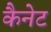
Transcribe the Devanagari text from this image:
कैनेट